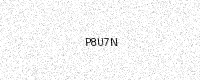
Text: P8U7N